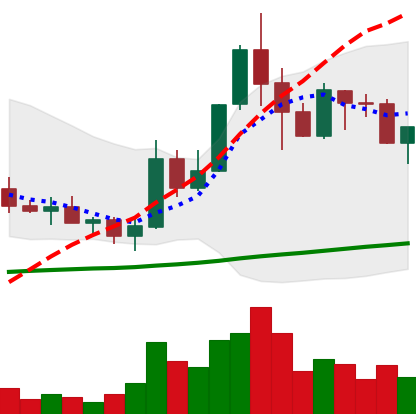
Ticker: ADA-USD
Chart end date: 2019-05-23
Forward return: 15.027%
Label: up_7plus